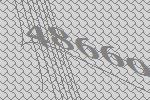
48660